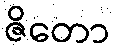
ဇိတော